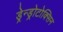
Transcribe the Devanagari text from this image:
ड्रेन्ड्रोटोक्सिन